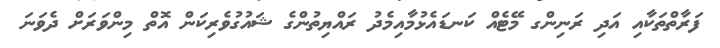
ފަރާތްތަކާއި އަދި ރަނިންގ މޭޓެއް ކަނޑައެޅުމާއިމެދު ރައްޔިތުންގެ ޝައުގުވެރިކަން އޮތް މިންވަރަށް ދެވަނަ